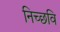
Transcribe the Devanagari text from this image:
निच्छवि